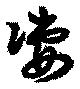
凄